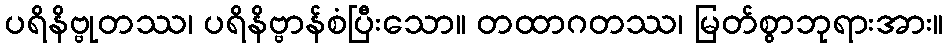
ပရိနိဗ္ဗုတဿ၊ ပရိနိဗ္ဗာန်စံပြီးသော။ တထာဂတဿ၊ မြတ်စွာဘုရားအား။